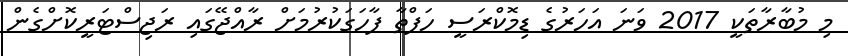
މި މުބާރާތަކީ 2017 ވަނަ އަހަރުގެ ޑިމޮކްރަސީ ހަފްތާ ފާހަގަކުރުމަށް ރާއްޖޭގައި ރަޖިސްޓަރީކޮށްގެން